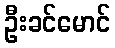
ဦးခင်မောင်